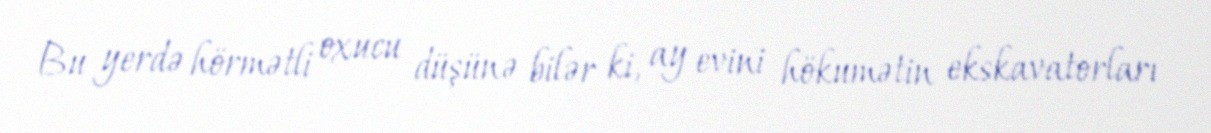
Bu yerdə hörmətli oxucu düşünə bilər ki, ay evini hökumətin ekskavatorları